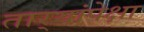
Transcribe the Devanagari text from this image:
तार्‍यांपेक्षा